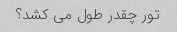
تور چقدر طول می کشد؟